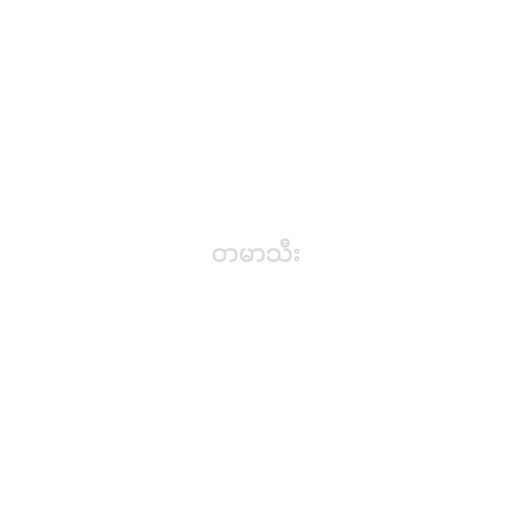
တမာသီး